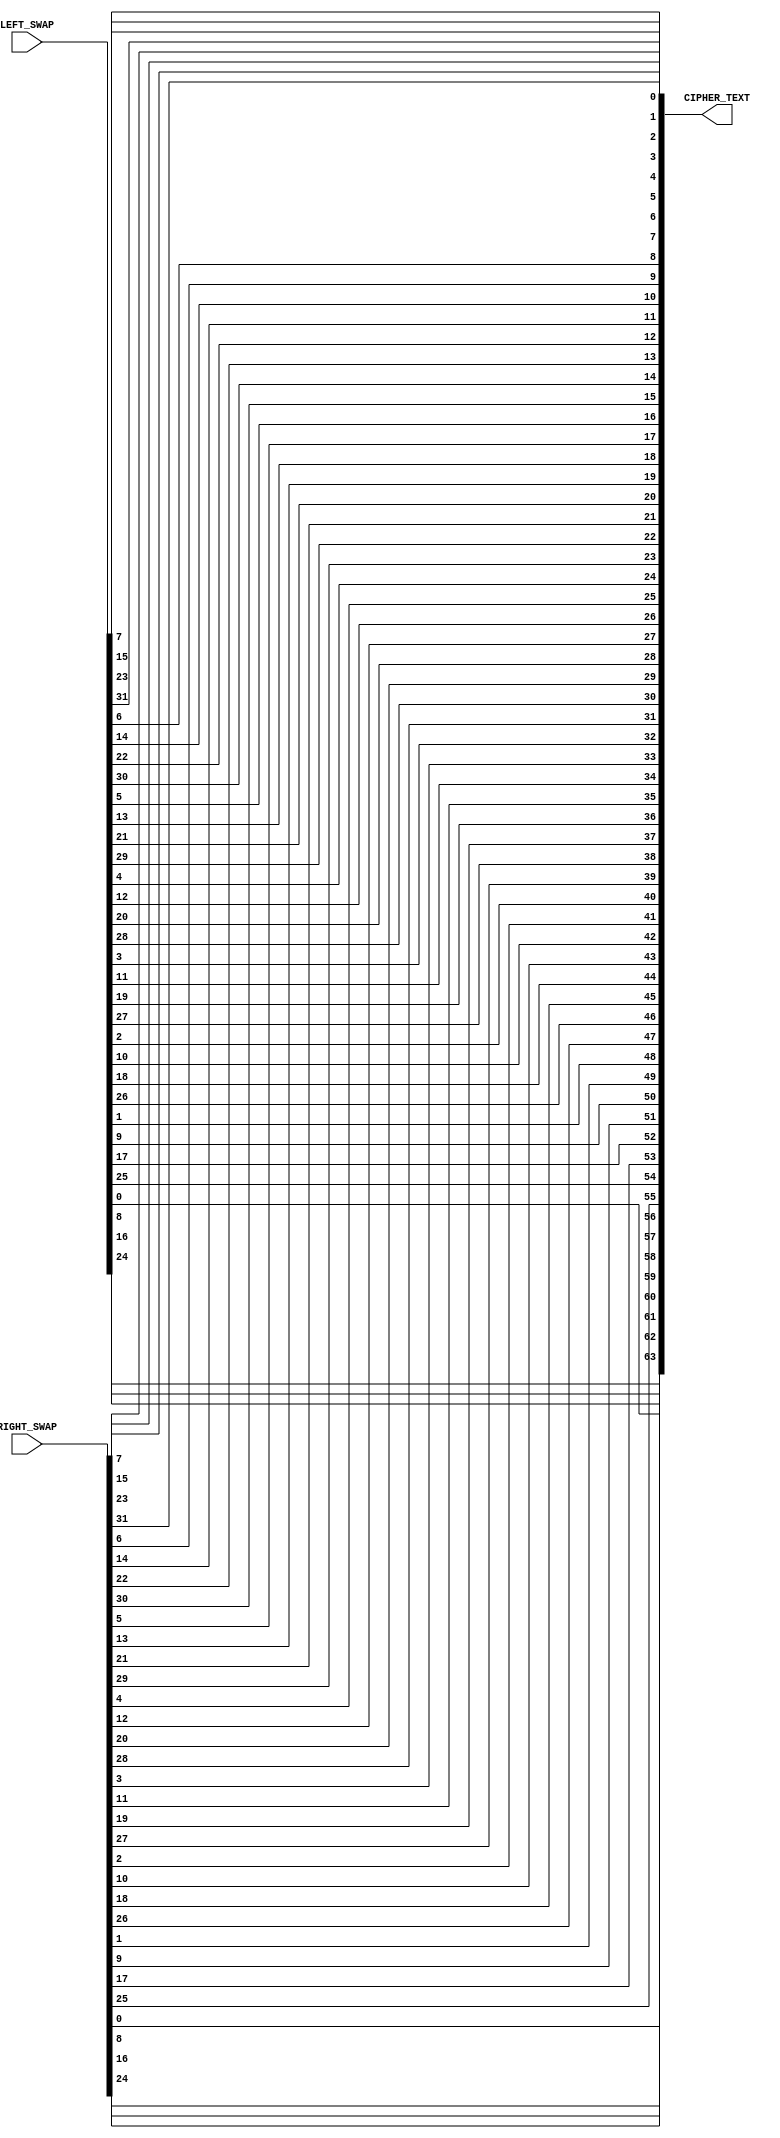
`timescale 1ns / 1ps
//////////////////////////////////////////////////////////////////////////////////
// Company: 
// Engineer: 
// 
// Design Name: 
// Module Name:    inverse_initial_perm 
// Project Name: 
// Target Devices: 
// Tool versions: 
// Description: 
//
// Dependencies: 
//
// Revision: 
// Revision 0.01 - File Created
// Additional Comments: 
//
//////////////////////////////////////////////////////////////////////////////////
module Inverse_Initial_Permutation(RIGHT_SWAP, LEFT_SWAP, CIPHER_TEXT);
input [32 : 1]RIGHT_SWAP;
input [32 : 1]LEFT_SWAP;
 
 output [64 : 1]CIPHER_TEXT;
 wire [32 : 1]RIGHT_SWAP;
 wire [32 : 1]LEFT_SWAP;
 reg [64 : 1]CIPHER_TEXT;
 wire [64 : 1]TEMP;
 assign TEMP = {LEFT_SWAP,RIGHT_SWAP};
 always @(TEMP)
 begin
 CIPHER_TEXT[1] <= TEMP[40];CIPHER_TEXT[2] <= TEMP[8];CIPHER_TEXT[3] <= TEMP[48];CIPHER_TEXT[4] <= TEMP[16];CIPHER_TEXT[5] <= TEMP[56];CIPHER_TEXT[6] <= TEMP[24];CIPHER_TEXT[7] <= TEMP[64];CIPHER_TEXT[8] <= TEMP[32];

 
CIPHER_TEXT[9] <= TEMP[39];CIPHER_TEXT[10] <= TEMP[7];CIPHER_TEXT[11] <= TEMP[47];CIPHER_TEXT[12] <= TEMP[15];CIPHER_TEXT[13] <= TEMP[55];CIPHER_TEXT[14] <= TEMP[23];CIPHER_TEXT[15] <= TEMP[63];CIPHER_TEXT[16] <= TEMP[31];CIPHER_TEXT[17] <= TEMP[38];CIPHER_TEXT[18] <= TEMP[6];CIPHER_TEXT[19] <= TEMP[46];CIPHER_TEXT[20] <= TEMP[14];CIPHER_TEXT[21] <= TEMP[54];CIPHER_TEXT[22] <= TEMP[22];CIPHER_TEXT[23] <= TEMP[62];CIPHER_TEXT[24] <= TEMP[30];CIPHER_TEXT[25] <= TEMP[37];CIPHER_TEXT[26] <= TEMP[5];CIPHER_TEXT[27] <= TEMP[45];CIPHER_TEXT[28] <= TEMP[13];CIPHER_TEXT[29] <= TEMP[53];CIPHER_TEXT[30] <= TEMP[21];CIPHER_TEXT[31] <= TEMP[61];CIPHER_TEXT[32] <= TEMP[29];CIPHER_TEXT[33] <= TEMP[36];
 
CIPHER_TEXT[34] <= TEMP[4];CIPHER_TEXT[35] <= TEMP[44];CIPHER_TEXT[36] <= TEMP[12];CIPHER_TEXT[37] <= TEMP[52];CIPHER_TEXT[38] <= TEMP[20];CIPHER_TEXT[39] <= TEMP[60];CIPHER_TEXT[40] <= TEMP[28];CIPHER_TEXT[41] <= TEMP[35];CIPHER_TEXT[42] <= TEMP[3];CIPHER_TEXT[43] <= TEMP[43];CIPHER_TEXT[44] <= TEMP[11];CIPHER_TEXT[45] <= TEMP[51];CIPHER_TEXT[46] <= TEMP[19];CIPHER_TEXT[47] <= TEMP[59];CIPHER_TEXT[48] <= TEMP[27];CIPHER_TEXT[49] <= TEMP[34];CIPHER_TEXT[50] <= TEMP[2];CIPHER_TEXT[51] <= TEMP[42];CIPHER_TEXT[52] <= TEMP[10];CIPHER_TEXT[53] <= TEMP[50];CIPHER_TEXT[54] <= TEMP[18];CIPHER_TEXT[55] <= TEMP[58];CIPHER_TEXT[56] <= TEMP[26];CIPHER_TEXT[57] <= TEMP[33];CIPHER_TEXT[58] <= TEMP[1];
 
CIPHER_TEXT[59] <= TEMP[41];CIPHER_TEXT[60] <= TEMP[9];CIPHER_TEXT[61] <= TEMP[49];CIPHER_TEXT[62] <= TEMP[17];CIPHER_TEXT[63] <= TEMP[57];CIPHER_TEXT[64] <= TEMP[25];
end
endmodule